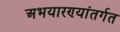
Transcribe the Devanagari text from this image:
अभयारण्यांतर्गत